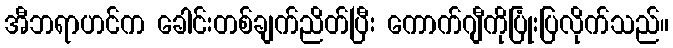
အီဘရာဟင်က ခေါင်းတစ်ချက်ညိတ်ပြီး ကောက်ဂျီကိုပြုံးပြလိုက်သည်။